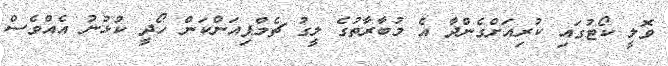
ވޮލީ ކޯޓުގައި ކުރިއަށްގެންދާ އެ މުބާރާތުގެ ލީގު ޗެމްޕިއަންކަން ހޯދީ ކުޅުނު އެއްވެސް